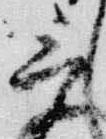
言